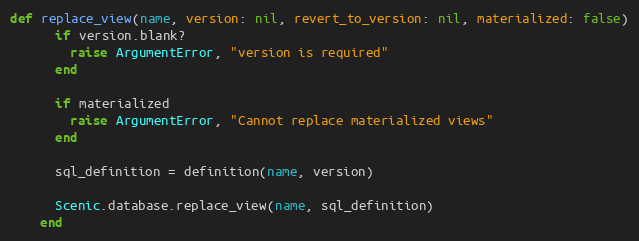
Language: Ruby
def replace_view(name, version: nil, revert_to_version: nil, materialized: false)
      if version.blank?
        raise ArgumentError, "version is required"
      end

      if materialized
        raise ArgumentError, "Cannot replace materialized views"
      end

      sql_definition = definition(name, version)

      Scenic.database.replace_view(name, sql_definition)
    end